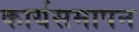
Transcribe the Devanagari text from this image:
कार्यसमापन